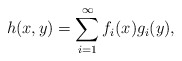
\begin{align*} h(x,y)=\sum_{i=1}^{\infty} f_i(x )g_i(y),\end{align*}